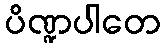
ပိဏ္ဍပါတေ